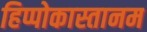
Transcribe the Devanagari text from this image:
हिप्पोकास्तानम